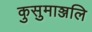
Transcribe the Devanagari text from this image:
कुसुमाञ्जलि